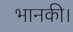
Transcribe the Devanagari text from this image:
भानकी।